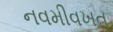
નવમીવખત